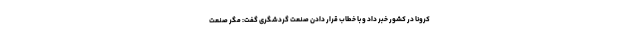
کرونا در کشور خبر داد و با خطاب قرار دادن صنعت گردشگری گفت: مگر صنعت